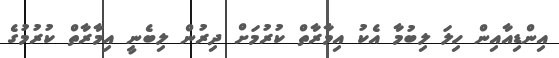
އިންޑިއާއިން ހިލަ ލިބުމާ އެކު އިމާރާތް ކުރުމަށް ދިރުން ލިބެނީ އިމާރާތް ކުރުމުގެ